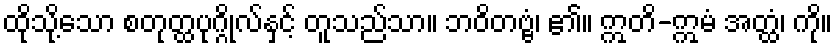
ထိုသို့သော စတုတ္ထပုဂ္ဂိုလ်နှင့် တူသည်သာ။ ဘဝိတဗ္ဗံ၊ ၏။ ဣတိ-ဣမံ အတ္ထံ၊ ကို။